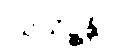
ဩသိဉ္စန္တိပိ